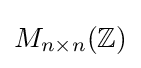
M_{n\times n}(\mathbb {Z} )